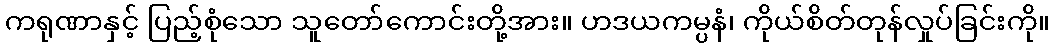
ကရုဏာနှင့် ပြည့်စုံသော သူတော်ကောင်းတို့အား။ ဟဒယကမ္ပနံ၊ ကိုယ်စိတ်တုန်လှုပ်ခြင်းကို။